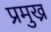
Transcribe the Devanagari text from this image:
प्रमुख्र